Manual of the Civil Veterinary Department, Central Provinces and Berar
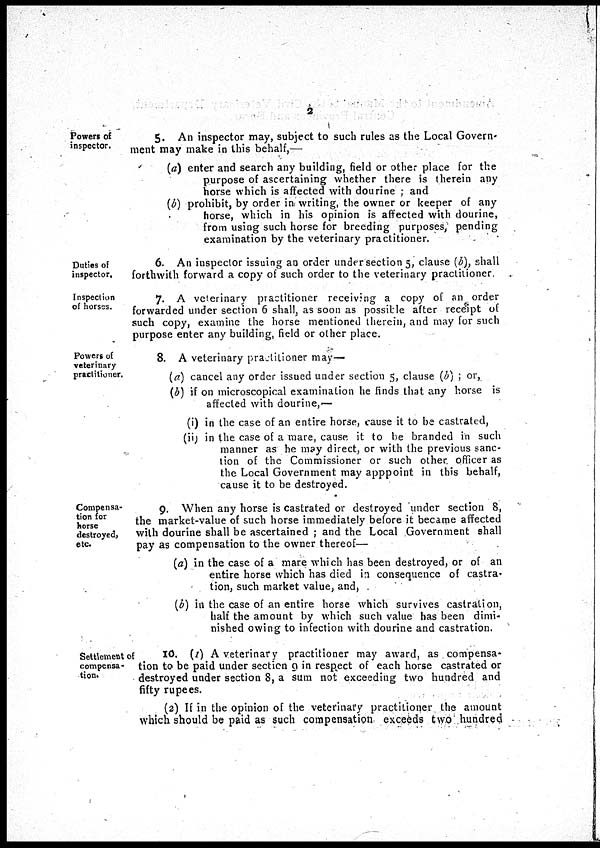
2
Powers of
inspector.
5. An inspector may, subject to such rules as the Local Govern-
ment may make in this behalf,—
(a) enter and search any building, field or other place for the
purpose of ascertaining whether there is therein any
horse which is affected with dourine; and
(b) prohibit, by order in writing, the owner or keeper of any
horse, which in his opinion is affected with dourine,
from using such horse for breeding purposes, pending
examination by the veterinary practitioner.
Duties of
inspector.
6. An inspector issuing an order under section 5, clause (b), shall
forthwith forward a copy of such order to the veterinary practitioner.
Inspection
of horses.
7. A veterinary practitioner receiving a copy of an order
forwarded under section 6 shall, as soon as possible after receipt of
such copy, examine the horse mentioned therein, and may for such
purpose enter any building, field or other place.
Powers of
veterinary
practitioner.
8. A veterinary practitioner may—
(a) cancel any order issued under section 5, clause (b) ; or,
(b) if on microscopical examination he finds that any horse is
affected with dourine,—
(i) in the case of an entire horse, cause it to be castrated,
(ii) in the case of a mare, cause, it to be branded in such
manner as he may direct, or with the previous sanc-
tion of the Commissioner or such other officer as
the Local Government may apppoint in this behalf,
cause it to be destroyed.
Compensa-
tion for
horse
destroyed,
etc.
9. When any horse is castrated or destroyed under section 8,
the market-value of such horse immediately before it became affected
with dourine shall be ascertained; and the Local Government shall
pay as compensation to the owner thereof—
(a) in the case of a mare which has been destroyed, or of an
entire horse which has died in consequence of castra-
tion, such market value, and,
(b) in the case of an entire horse which survives castration,
half the amount by which such value has been dimi-
nished owing to infection with dourine and castration.
Settlement of
compensa-
tion.
10. (1) A veterinary practitioner may award, as compensa-
tion to be paid under section 9 in respect of each horse castrated or
destroyed under section 8, a sum not exceeding two hundred and
fifty rupees.
(2) If in the opinion of the veterinary practitioner the amount
which should be paid as such compensation exceeds two hundred